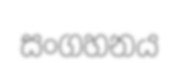
සංගහනය